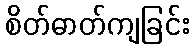
စိတ်ဓာတ်ကျခြင်း